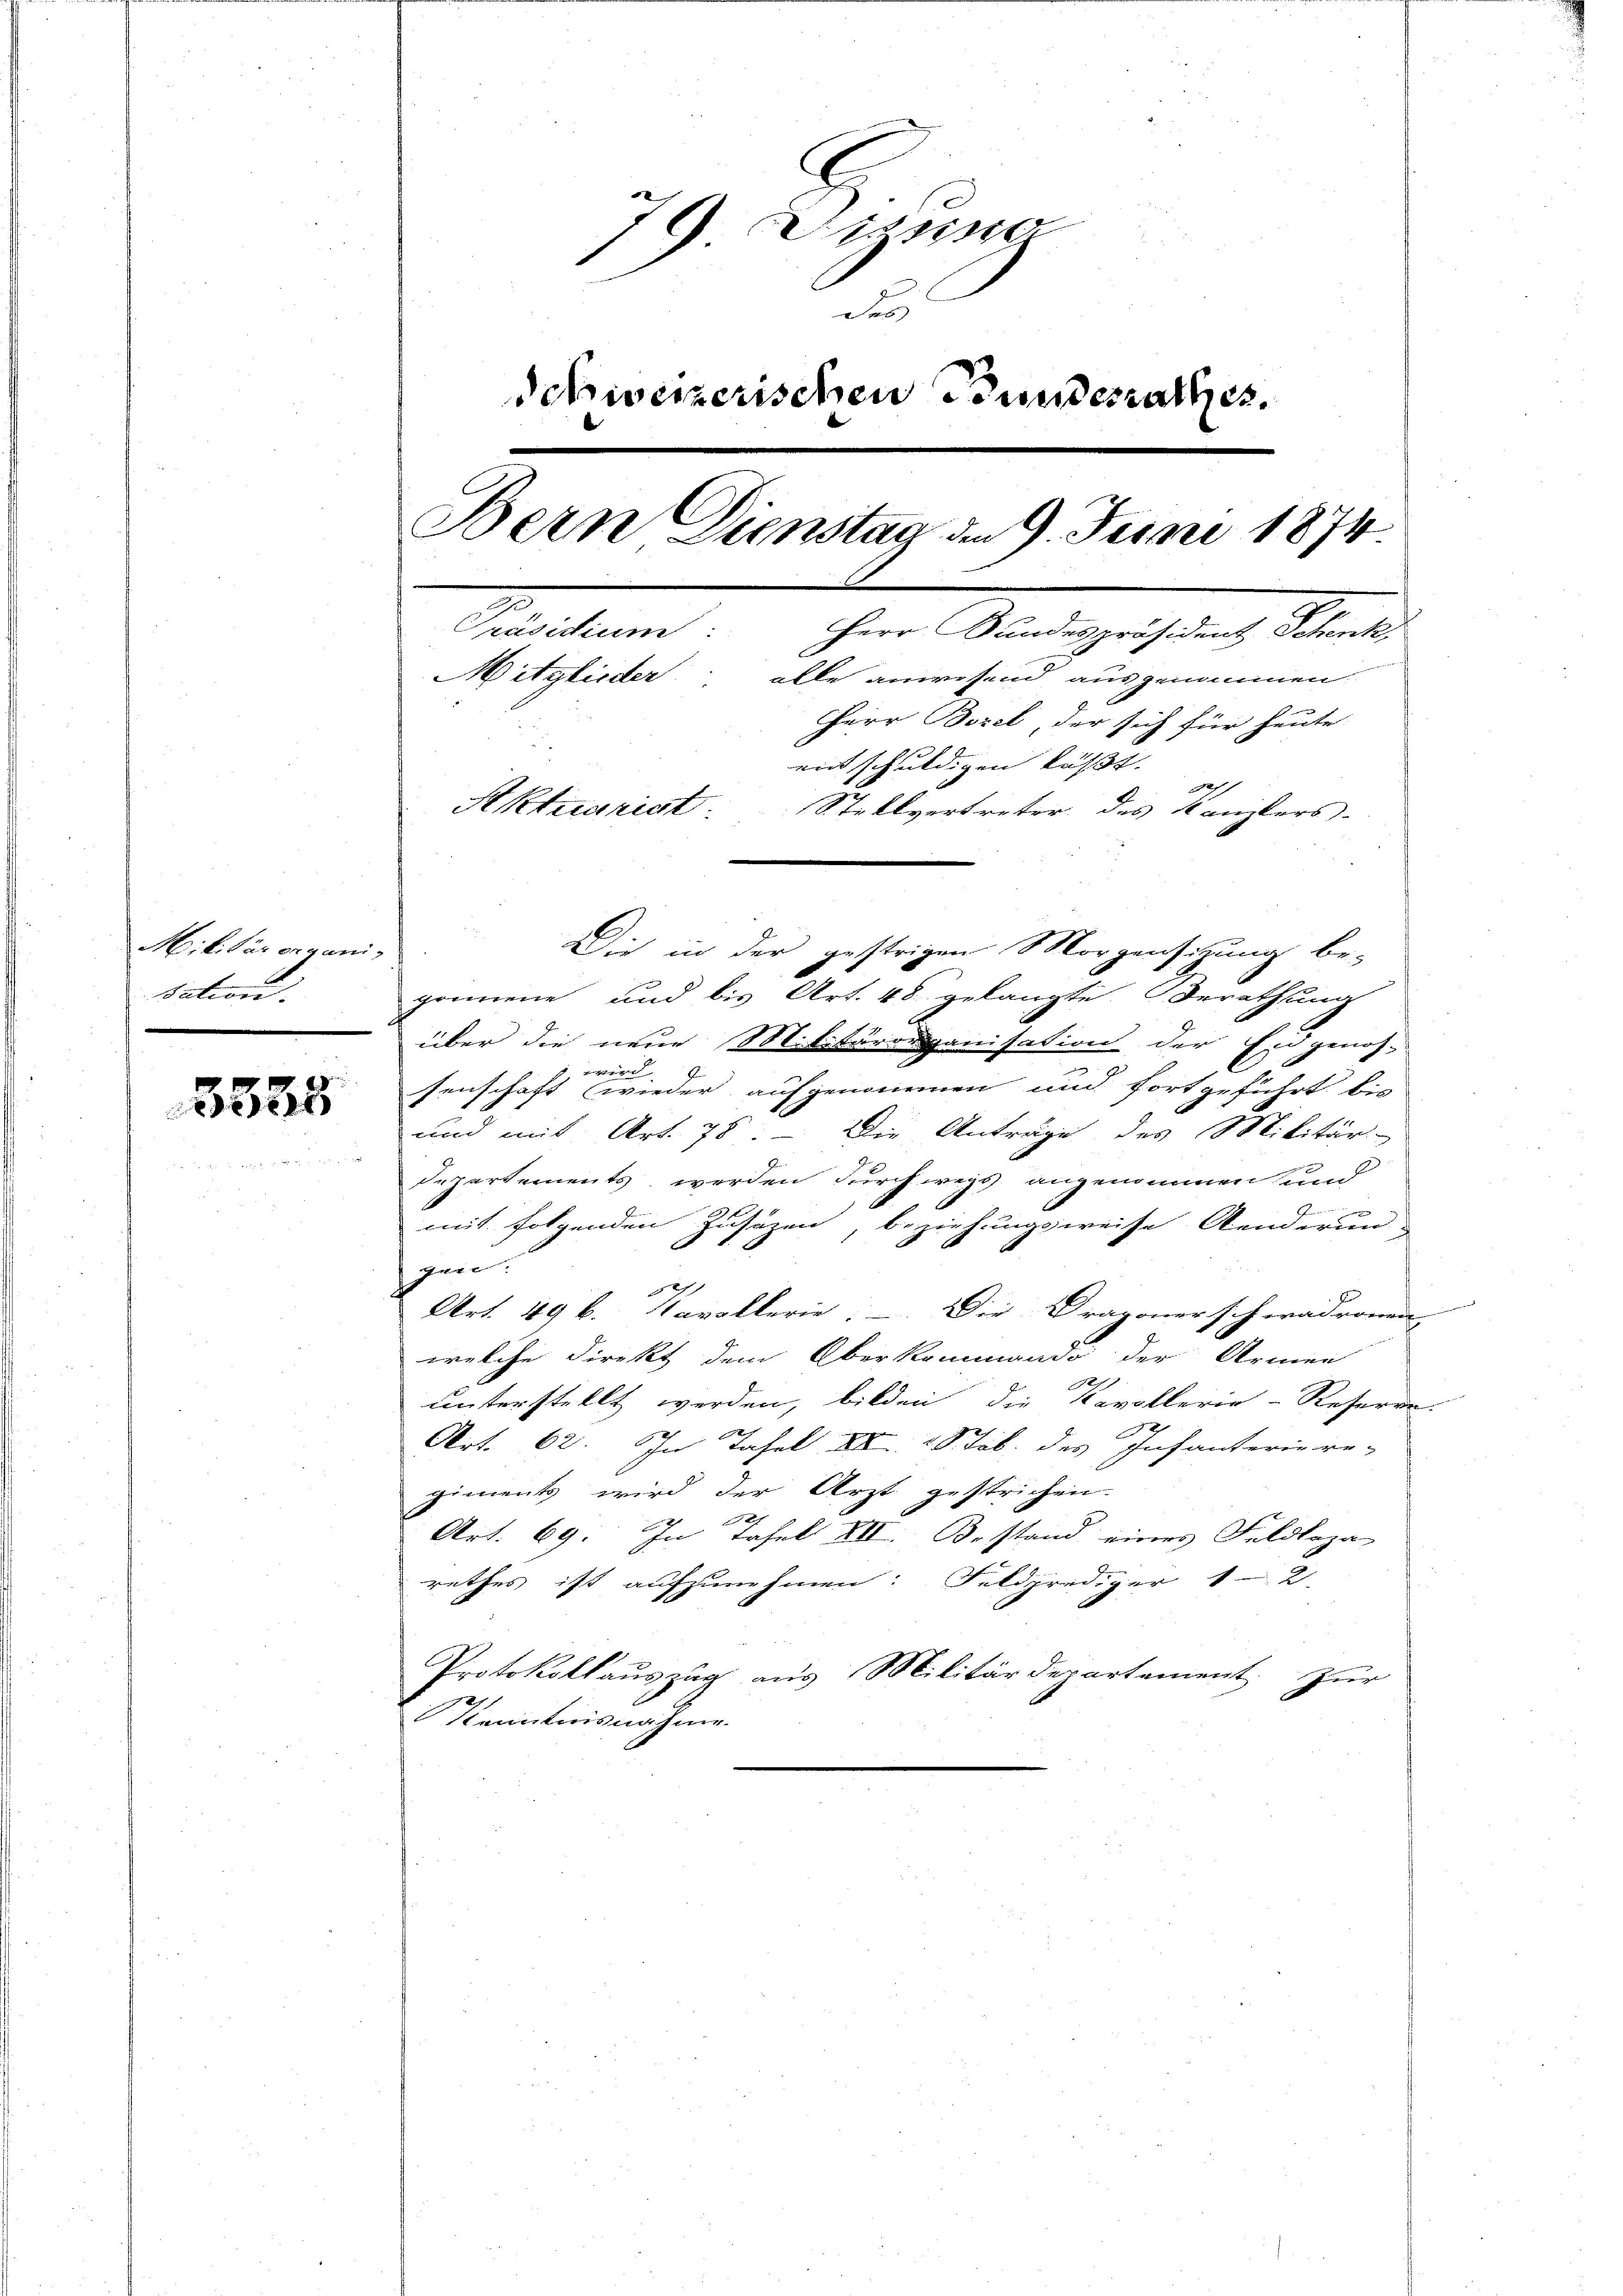
Militär ergani-
sation.

5535

7 Dissen
1
Des
Schweizerischen Bundesrathes.
Bern Dienstag den 9. Juni 1874
2
Präsidium: Herr Kundespräsident Schenk,
Mitglieder: alle anwesend ausgenommen
Herr Borel, der sich für heute
entschuldigen lässt. |
Aktuarist. Stellvertreter des Kanzlers.

gromene und bis Art. 48 gelangte Berathung
über die neue Militärorganisation der Eidgenos-

, wir
senschaft (wieder aufgenommen und fortgeführt bis
und mit Art. 78. – Die Anträge des Militär-
Departements werden durch wegs angenommen und
g
mit folgenden Zusatzen, beziehungsweise Aenderun-
gen.
Art. 49 k. Kavallerie. - Die Dragonerschwadronen
welche Direkt dem Oberkommando der Armen
unterstellt werden, bilden, die Kavallerie-Reseren.
Art. 62. In Tafel ad 28 Job. des Infanterie re-
giments wird der Arzt gestrichen.

Art. 69: In Fahrl XII. Bestand eines Feldkoza-
rathes ist aufzunehmen: Feldprediger 12.
Protokollauszug aus Militärdepartement
zuer
Kenntnisnahme.

Die in der gestrigen Morgensitzung be-